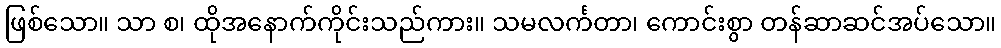
ဖြစ်သော။ သာ စ၊ ထိုအနောက်ကိုင်းသည်ကား။ သမလင်္ကတာ၊ ကောင်းစွာ တန်ဆာဆင်အပ်သော။